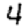
Digit: 4